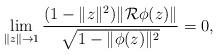
LaTeX: \begin{align*} \lim_{\|z\|\to 1}\frac{(1- \|z\|^2) \|\mathcal R \phi(z)\|}{\sqrt{1- \|\phi(z)\|^2}}=0, \end{align*}